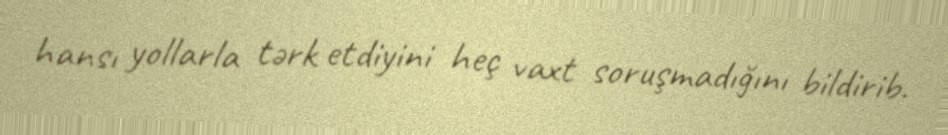
hansı yollarla tərk etdiyini heç vaxt soruşmadığını bildirib.